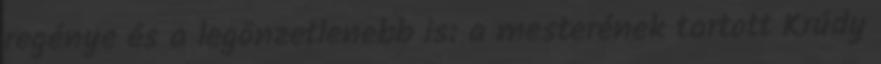
regénye és a legönzetlenebb is: a mesterének tartott Krúdy